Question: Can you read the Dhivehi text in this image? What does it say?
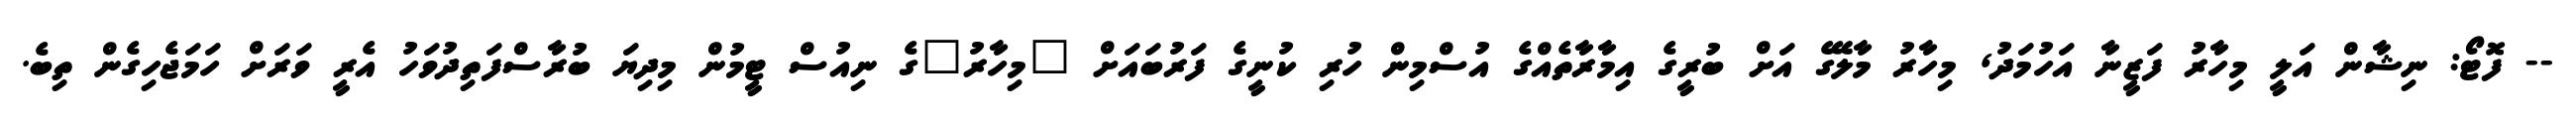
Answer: -- ފޮޓޯ: ނިޝާން އަލީ މިހާރު ފަޒީނާ އަހުމަދު, މިހާރު މާލޭގެ އަށް ބުރީގެ އިމާރާތެއްގެ އުސްމިން ހުރި ކުނީގެ ފަރުބައަށް "މިހާރު"ގެ ނިއުސް ޓީމުން މިދިޔަ ބުރާސްފަތިދުވަހު އެރީ ވަރަށް ހަމަޖެހިގެން ތިބެ.